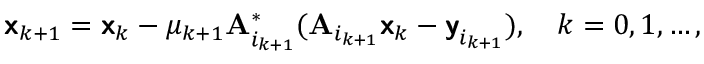
\begin{array} { r } { { \boldsymbol { \mathsf { x } } } _ { k + 1 } = { \boldsymbol { \mathsf { x } } } _ { k } - \mu _ { k + 1 } { \mathbf { A } } _ { i _ { k + 1 } } ^ { \ast } ( { \mathbf { A } } _ { i _ { k + 1 } } { \boldsymbol { \mathsf { x } } } _ { k } - { \boldsymbol { \mathsf { y } } } _ { i _ { k + 1 } } ) , \quad k = 0 , 1 , \ldots , } \end{array}